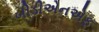
બીડીએનએફ